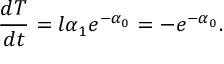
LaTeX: \frac { d T } { d t } = l \alpha _ { 1 } e ^ { - \alpha _ { 0 } } = - e ^ { - \alpha _ { 0 } } .